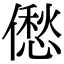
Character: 僽